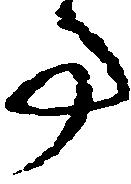
事